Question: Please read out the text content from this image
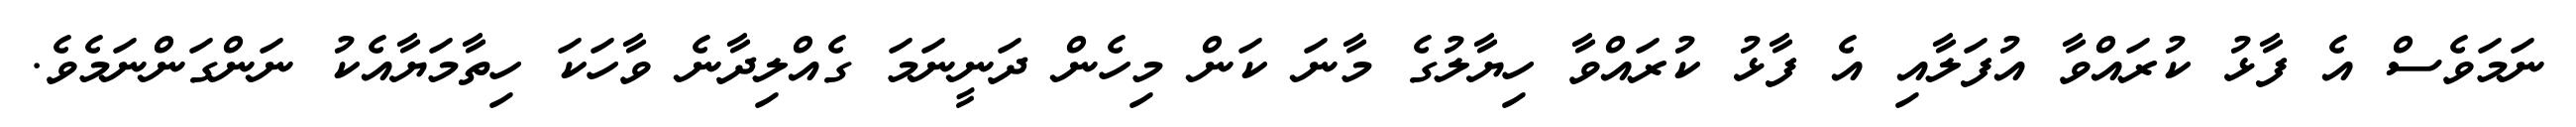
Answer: ނަމަވެސް އެ ފާޅު ކުރައްވާ އުފަލާއި އެ ފާޅު ކުރައްވާ ހިޔާލުގެ މާނަ ކަން މިހެން ދަނީނަމަ ގެއްލިދާނެ ވާހަކަ ހިތާމަޔާއެކު ނަންގަންނަމެވެ.